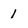
Character: 1